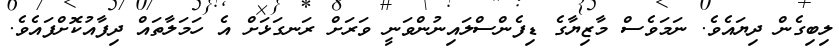
ލިބިގެން ދިޔައެވެ. ނަމަވެސް މާޒިޔާގެ ޑިފެންސްލައިނުންވަނީ ވަރަށް ރަނގަޅަށް އެ ހަމަލާތައް ދިފާއުކޮށްފައެވެ.